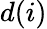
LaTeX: d(i)